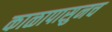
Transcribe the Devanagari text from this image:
काळापासुनच